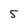
Character: 5